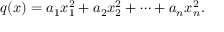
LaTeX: q ( x ) = a _ { 1 } x _ { 1 } ^ { 2 } + a _ { 2 } x _ { 2 } ^ { 2 } + \cdots + a _ { n } x _ { n } ^ { 2 } .